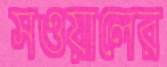
সওয়ালের